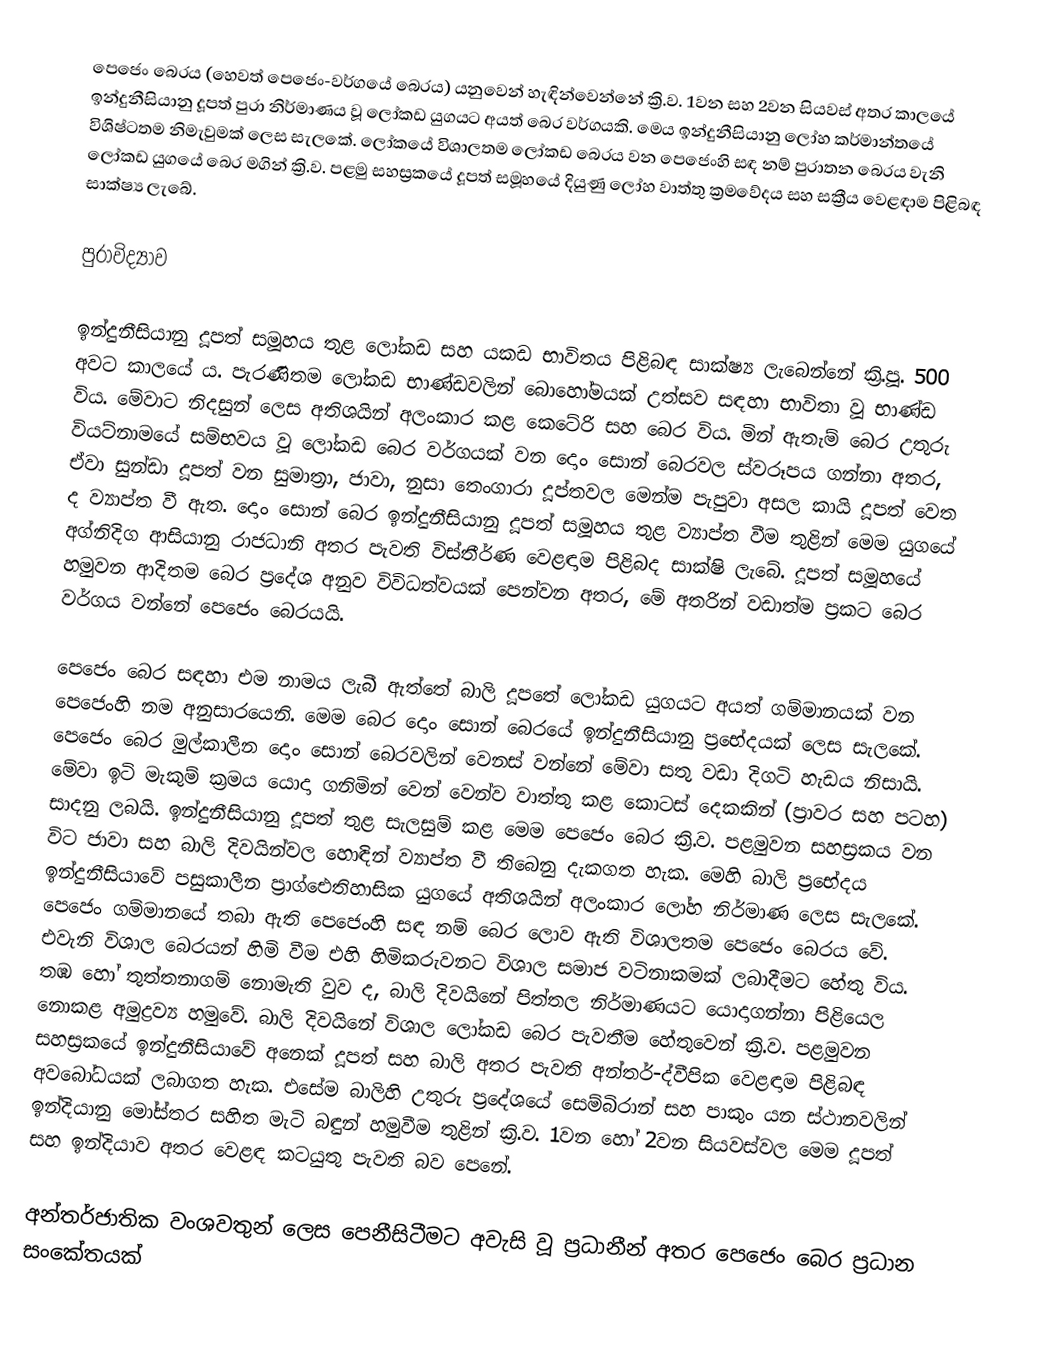
පෙජෙං බෙරය (හෙවත් පෙජෙං-වර්ගයේ බෙරය) යනුවෙන් හැඳින්වෙන්නේ ක්‍රි.ව. 1වන සහ 2වන සියවස් අතර කාලයේ ඉන්දුනීසියානු දූපත් පුරා නිර්මාණය වූ ලෝකඩ යුගයට අයත් බෙර වර්ගයකි. මෙය ඉන්දුනීසියානු ලෝහ කර්මාන්තයේ විශිෂ්ටතම නිමැවුමක් ලෙස සැලකේ. ලෝකයේ විශාලතම ලෝකඩ බෙරය වන පෙජෙංහි සඳ නම් පුරාතන බෙරය වැනි ලෝකඩ යුගයේ බෙර මගින් ක්‍රි.ව. පළමු සහස්‍රකයේ දූපත් සමූහයේ දියුණු ලෝහ වාත්තු ක්‍රමවේදය සහ සක්‍රීය වෙළඳාම පිළිබඳ සාක්ෂ්‍ය ලැබේ.

පුරාවිද්‍යාව

ඉන්දුනීසියානු දූපත් සමූහය තුළ ලෝකඩ සහ යකඩ භාවිතය පිළිබඳ සාක්ෂ්‍ය ලැබෙන්නේ ක්‍රි.පූ. 500 අවට කාලයේ ය. පැරණිතම ලෝකඩ භාණ්ඩවලින් බොහෝමයක් උත්සව සඳහා භාවිතා වූ භාණ්ඩ විය. මේවාට නිදසුන් ලෙස අතිශයින් අලංකාර කළ කෙටේරි සහ බෙර විය. මින් ඇතැම් බෙර උතුරු වියට්නාමයේ සම්භවය වූ ලෝකඩ බෙර වර්ගයක් වන දොං සොන් බෙරවල ස්වරූපය ගන්නා අතර, ඒවා සුන්ඩා දූපත් වන සුමාත්‍රා, ජාවා, නුසා තෙංගාරා දූප්තවල මෙන්ම පැපුවා අසල කායි දූපත් වෙත ද ව්‍යාප්ත වී ඇත. දොං සොන් බෙර ඉන්දුනීසියානු දූපත් සමූහය තුළ ව්‍යාප්ත වීම තුළින් මෙම යුගයේ අග්නිදිග ආසියානු රාජධානි අතර පැවති විස්තීර්ණ වෙළඳාම පිළිබද සාක්ෂි ලැබේ. දූපත් සමූහයේ හමුවන ආදිතම බෙර ප්‍රදේශ අනුව විවිධත්වයක් පෙන්වන අතර, මේ අතරින් වඩාත්ම ප්‍රකට බෙර වර්ගය වන්නේ පෙජෙං බෙරයයි.

පෙජෙං බෙර සඳහා එම නාමය ලැබී ඇත්තේ බාලි දූපතේ ලෝකඩ යුගයට අයත් ගම්මානයක් වන පෙජෙංහි නම අනුසාරයෙනි. මෙම බෙර දොං සොන් බෙරයේ ඉන්දුනීසියානු ප්‍රභේදයක් ලෙස සැලකේ. පෙජෙං බෙර මුල්කාලීන දොං සොන් බෙරවලින් වෙනස් වන්නේ මේවා සතු වඩා දිගටි හැඩය නිසායි. මේවා ඉටි මැකුම් ක්‍රමය යොදා ගනිමින් වෙන් වෙන්ව වාත්තු කළ කොටස් දෙකකින් (ප්‍රාවර සහ පටහ) සාදනු ලබයි. ඉන්දුනීසියානු දූපත් තුළ සැලසුම් කළ මෙම පෙජෙං බෙර ක්‍රි.ව. පළමුවන සහස්‍රකය වන විට ජාවා සහ බාලි දිවයින්වල හොඳින් ව්‍යාප්ත වී තිබෙනු දැකගත හැක. මෙහි බාලි ප්‍රභේදය ඉන්දුනීසියාවේ පසුකාලීන ප්‍රාග්ඓතිහාසික යුගයේ අතිශයින් අලංකාර ලෝහ නිර්මාණ ලෙස සැලකේ. පෙජෙං ගම්මානයේ තබා ඇති ‍පෙජෙංහි සඳ නම් බෙර ලොව ඇති විශාලතම පෙජෙං බෙරය වේ. එවැනි විශාල බෙරයන් හිමි වීම එහි හිමිකරුවනට විශාල සමාජ ‍වටිනාකමක් ලබාදීමට හේතු විය. තඹ හෝ තුත්තනාගම් නොමැති වුව ද, බාලි දිවයිනේ පිත්තල නිර්මාණයට යොදාගන්නා පිළියෙල නොකළ අමුද්‍රව්‍ය හමුවේ. බාලි දිවයිනේ විශාල ලෝකඩ බෙර පැවතීම හේතුවෙන් ක්‍රි.ව. පළමුවන සහස්‍රකයේ ඉන්දුනීසියාවේ අනෙක් දූපත් සහ බාලි අතර පැවති අන්තර්-ද්වීපික වෙළඳාම පිළිබඳ අවබෝධයක් ලබාගත හැක. එසේම බාලිහි උතුරු ප්‍රදේශයේ සෙම්බිරාන් සහ පාකුං යන ස්ථානවලින් ඉන්දියානු මෝස්තර සහිත මැටි බඳුන් හමුවීම තුළින් ක්‍රි.ව. 1වන හෝ 2වන සියවස්වල මෙම දූපත් සහ ඉන්දියාව අතර වෙළඳ කටයුතු පැවති බව පෙනේ.

අන්තර්ජාතික වංශවතුන් ලෙස පෙනීසිටීමට අවැසි වූ ප්‍රධානීන් අතර පෙජෙං බෙර ප්‍රධාන සංකේතයක්